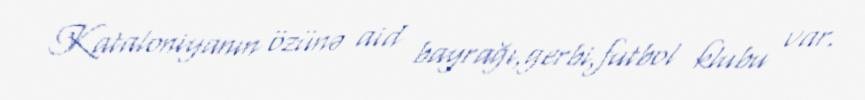
Kataloniyanın özünə aid bayrağı,gerbi,futbol klubu var.